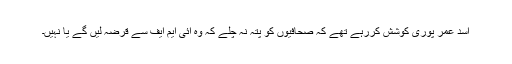
اسد عمر پوری کوشش کررہے تھے کہ صحافیوں کو پتہ نہ چلے کہ وہ آئی ایم ایف سے قرضہ لیں گے یا نہیں۔